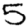
Digit: 5